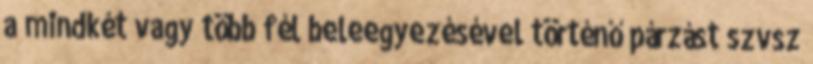
a mindkét vagy több fél beleegyezésével történő párzást szvsz